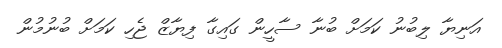
އަނިޔާ ލިބުނު ކަމަށް ބުނާ ސާހީން ގައިގާ ފިޔާޒް ޖެހި ކަމަށް ބުނުމުން